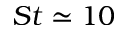
S t \simeq 1 0